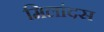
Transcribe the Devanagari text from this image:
मिलांदस